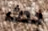
حدث